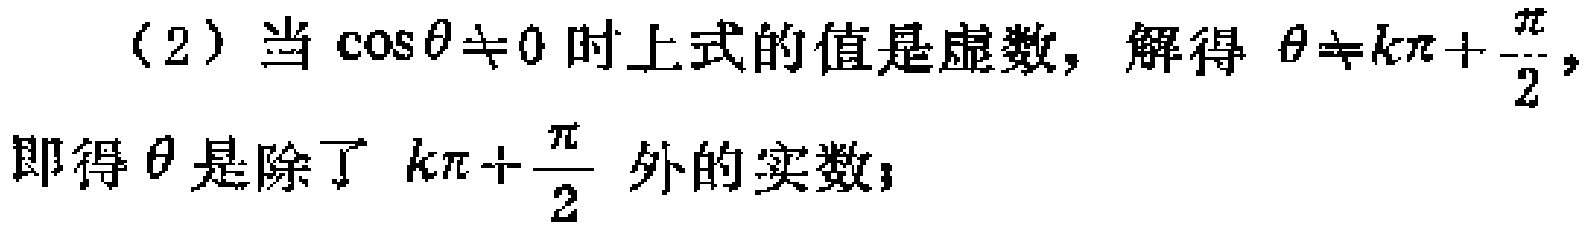
（2）当\(\cos\theta\neq0\)时上式的值是虚数，解得 \(\theta\neq k\pi+\frac{\pi}{2}\)，即得\(\theta\)是除了 \(k\pi+\frac{\pi}{2}\) 外的实数；